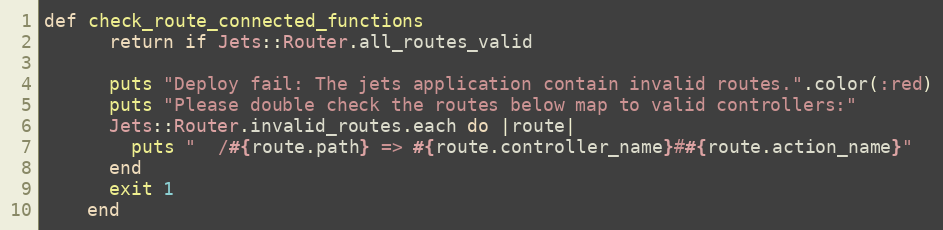
Language: Ruby
def check_route_connected_functions
      return if Jets::Router.all_routes_valid

      puts "Deploy fail: The jets application contain invalid routes.".color(:red)
      puts "Please double check the routes below map to valid controllers:"
      Jets::Router.invalid_routes.each do |route|
        puts "  /#{route.path} => #{route.controller_name}##{route.action_name}"
      end
      exit 1
    end